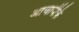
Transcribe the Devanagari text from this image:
आचार्यकि